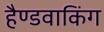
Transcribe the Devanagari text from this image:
हैण्डवाकिंग